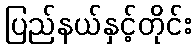
ပြည်နယ်နှင့်တိုင်း